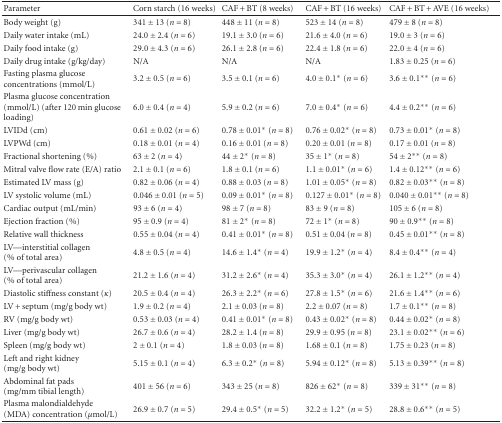
<table><thead><tr><td><b>Parameter</b></td><td><b>Corn starch (16 weeks)</b></td><td><b>CAF + BT (8 weeks)</b></td><td><b>CAF + BT (16 weeks)</b></td><td><b>CAF + BT + AVE (16 weeks)</b></td></tr></thead><tbody><tr><td>Body weight (g)</td><td>341 ± 13 (<i>n</i> = 8)</td><td>448 ± 11 (<i>n</i> = 8)</td><td>523 ± 14 (<i>n</i> = 8)</td><td>479 ± 8 (<i>n</i> = 8)</td></tr><tr><td>Daily water intake (mL)</td><td>24.0 ± 2.4 (<i>n</i> = 6)</td><td>19.1 ± 3.0 (<i>n</i> = 6)</td><td>21.6 ± 4.0 (<i>n</i> = 6)</td><td>19.0 ± 3 (<i>n</i> = 6)</td></tr><tr><td>Daily food intake (g)</td><td>29.0 ± 4.3 (<i>n</i> = 6)</td><td>26.1 ± 2.8 (<i>n</i> = 6)</td><td>22.4 ± 1.8 (<i>n</i> = 6)</td><td>22.0 ± 4 (<i>n</i> = 6)</td></tr><tr><td>Daily drug intake (g/kg/day)</td><td>N/A</td><td>N/A</td><td>N/A</td><td>1.83 ± 0.25 (<i>n</i> = 6)</td></tr><tr><td>Fasting plasma glucoseconcentrations (mmol/L)</td><td>3.2 ± 0.5 (<i>n</i> = 6)</td><td>3.5 ± 0.1 (<i>n</i> = 6)</td><td>4.0 ± 0.1* (<i>n</i> = 6)</td><td>3.6 ± 0.1** (<i>n</i> = 6)</td></tr><tr><td>Plasma glucose concentration (mmol/L) (after 120 min glucose loading)</td><td>6.0 ± 0.4 (<i>n</i> = 4)</td><td>5.9 ± 0.2 (<i>n</i> = 6)</td><td>7.0 ± 0.4* (<i>n</i> = 6)</td><td>4.4 ± 0.2** (<i>n</i> = 6)</td></tr><tr><td>LVIDd (cm)</td><td>0.61 ± 0.02 (<i>n</i> = 6)</td><td>0.78 ± 0.01* (<i>n</i> = 8)</td><td>0.76 ± 0.02* (<i>n</i> = 8)</td><td>0.73 ± 0.01* (<i>n</i> = 8)</td></tr><tr><td>LVPWd (cm)</td><td>0.18 ± 0.01 (<i>n</i> = 4)</td><td>0.16 ± 0.01 (<i>n</i> = 8)</td><td>0.20 ± 0.01 (<i>n</i> = 8)</td><td>0.17 ± 0.01 (<i>n</i> = 8)</td></tr><tr><td>Fractional shortening (%)</td><td>63 ± 2 (<i>n</i> = 4)</td><td>44 ± 2* (<i>n</i> = 8)</td><td>35 ± 1* (<i>n</i> = 8)</td><td>54 ± 2** (<i>n</i> = 8)</td></tr><tr><td>Mitral valve flow rate (E/A) ratio</td><td>2.1 ± 0.1 (<i>n</i> = 6)</td><td>1.8 ± 0.1 (<i>n</i> = 6)</td><td>1.1 ± 0.01* (<i>n</i> = 6)</td><td>1.4 ± 0.12** (<i>n</i> = 6)</td></tr><tr><td>Estimated LV mass (g)</td><td>0.82 ± 0.06 (<i>n</i> = 4)</td><td>0.88 ± 0.03 (<i>n</i> = 8)</td><td>1.01 ± 0.05* (<i>n</i> = 8)</td><td>0.82 ± 0.03** (<i>n</i> = 8)</td></tr><tr><td>LV systolic volume (mL)</td><td>0.046 ± 0.01 (<i>n</i> = 5)</td><td>0.09 ± 0.01* (<i>n</i> = 8)</td><td>0.127 ± 0.01* (<i>n</i> = 8)</td><td>0.040 ± 0.01** (<i>n</i> = 8)</td></tr><tr><td>Cardiac output (mL/min)</td><td>93 ± 6 (<i>n</i> = 4)</td><td>98 ± 7 (<i>n</i> = 8)</td><td>83 ± 9 (<i>n</i> = 8)</td><td>105 ± 6 (<i>n</i> = 8)</td></tr><tr><td>Ejection fraction (%)</td><td>95 ± 0.9 (<i>n</i> = 4)</td><td>81 ± 2* (<i>n</i> = 8)</td><td>72 ± 1* (<i>n</i> = 8)</td><td>90 ± 0.9** (<i>n</i> = 8)</td></tr><tr><td>Relative wall thickness</td><td>0.55 ± 0.04 (<i>n</i> = 4)</td><td>0.41 ± 0.01* (<i>n</i> = 8)</td><td>0.51 ± 0.04 (<i>n</i> = 8)</td><td>0.45 ± 0.01** (<i>n</i> = 8)</td></tr><tr><td>LV—interstitial collagen(% of total area)</td><td>4.8 ± 0.5 (<i>n</i> = 4)</td><td>14.6 ± 1.4* (<i>n</i> = 4)</td><td>19.9 ± 1.2* (<i>n</i> = 4)</td><td>8.4 ± 0.4** (<i>n</i> = 4)</td></tr><tr><td>LV—perivascular collagen(% of total area)</td><td>21.2 ± 1.6 (<i>n</i> = 4)</td><td>31.2 ± 2.6* (<i>n</i> = 4)</td><td>35.3 ± 3.0* (<i>n</i> = 4)</td><td>26.1 ± 1.2** (<i>n</i> = 4)</td></tr><tr><td>Diastolic stiffness constant (<i>κ</i>)</td><td>20.5 ± 0.4 (<i>n</i> = 4)</td><td>26.3 ± 2.2* (<i>n</i> = 6)</td><td>27.8 ± 1.5* (<i>n</i> = 6)</td><td>21.6 ± 1.4** (<i>n</i> = 6)</td></tr><tr><td>LV + septum (mg/g body wt)</td><td>1.9 ± 0.2 (<i>n</i> = 4)</td><td>2.1 ± 0.03 (<i>n</i> = 8)</td><td>2.2 ± 0.07 (<i>n</i> = 8)</td><td>1.7 ± 0.1** (<i>n</i> = 8)</td></tr><tr><td>RV (mg/g body wt)</td><td>0.53 ± 0.03 (<i>n</i> = 4)</td><td>0.41 ± 0.01* (<i>n</i> = 8)</td><td>0.43 ± 0.02* (<i>n</i> = 8)</td><td>0.44 ± 0.02* (<i>n</i> = 8)</td></tr><tr><td>Liver (mg/g body wt)</td><td>26.7 ± 0.6 (<i>n</i> = 4)</td><td>28.2 ± 1.4 (<i>n</i> = 8)</td><td>29.9 ± 0.95 (<i>n</i> = 8)</td><td>23.1 ± 0.02** (<i>n</i> = 6)</td></tr><tr><td>Spleen (mg/g body wt)</td><td>2 ± 0.1 (<i>n</i> = 4)</td><td>1.8 ± 0.03 (<i>n</i> = 8)</td><td>1.68 ± 0.1 (<i>n</i> = 8)</td><td>1.75 ± 0.23 (<i>n</i> = 8)</td></tr><tr><td>Left and right kidney(mg/g body wt)</td><td>5.15 ± 0.1 (<i>n</i> = 4)</td><td>6.3 ± 0.2* (<i>n</i> = 8)</td><td>5.94 ± 0.12* (<i>n</i> = 8)</td><td>5.13 ± 0.39** (<i>n</i> = 8)</td></tr><tr><td>Abdominal fat pads(mg/mm tibial length)</td><td>401 ± 56 (<i>n</i> = 6)</td><td>343 ± 25 (<i>n</i> = 8)</td><td>826 ± 62* (<i>n</i> = 8)</td><td>339 ± 31** (<i>n</i> = 8)</td></tr><tr><td>Plasma malondialdehyde (MDA) concentration (<i>μ</i>mol/L)</td><td>26.9 ± 0.7 (<i>n</i> = 5)</td><td>29.4 ± 0.5* (<i>n</i> = 5)</td><td>32.2 ± 1.2* (<i>n</i> = 5)</td><td>28.8 ± 0.6** (<i>n</i> = 5)</td></tr></tbody></table>